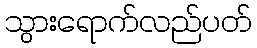
သွားရောက်လည်ပတ်